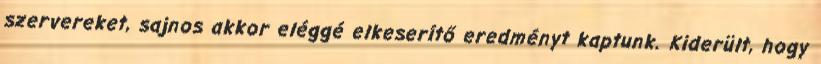
szervereket, sajnos akkor eléggé elkeserítő eredményt kaptunk. Kiderült, hogy